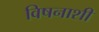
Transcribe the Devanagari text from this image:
विषनाशी